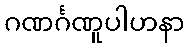
ဂဏင်္ဂဏူပါဟနာ